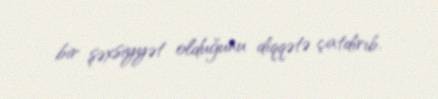
bir şəxsiyyət olduğunu diqqətə çatdırıb.